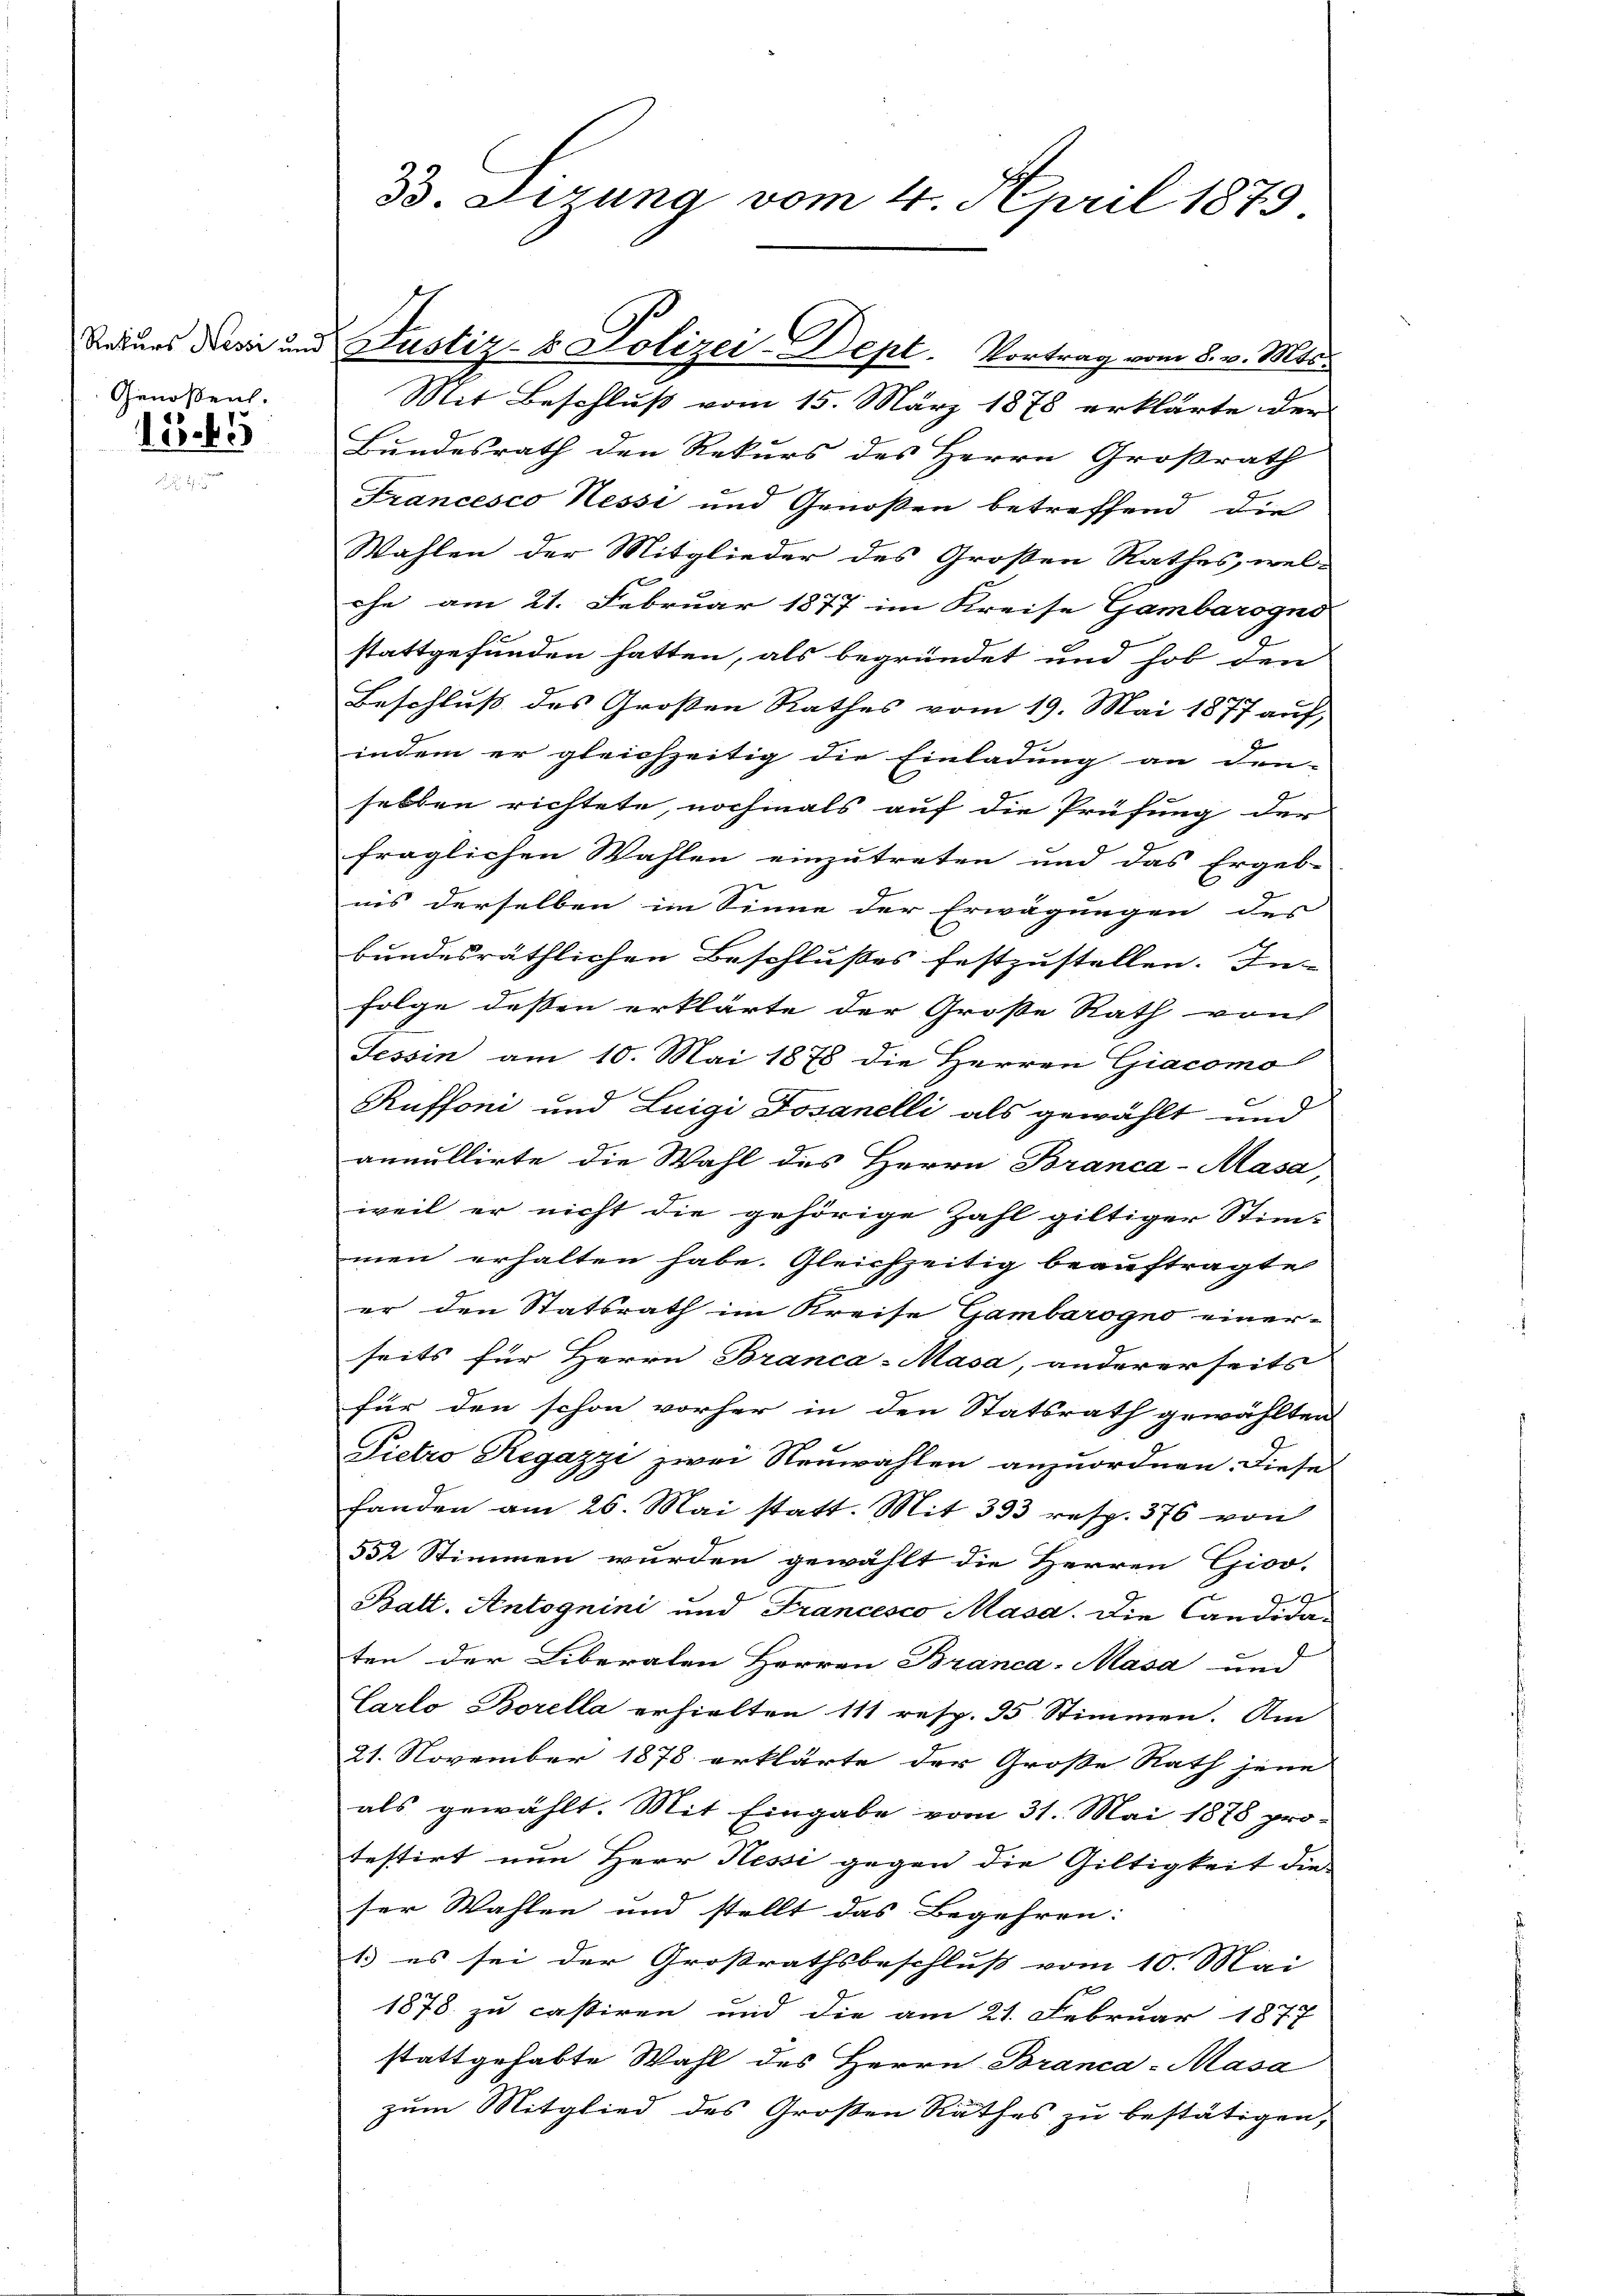
Genossen.
1545

33. Sirung vom 4. April 1879.

Mit Beschluß vom 15. März 1878 erklärte der
Bundesrath den Rekurs des Herrn Großrath
Francesco Nessi und Genoßen betreffend die
Wahlen der Mitglieder des Großen Rathes, wel-
chn am 21. Februar 1877 im Kreise Gambarogno
stattgefunden hatten, als begründet und hob den
Beschluß des Großen Rathes vom 19. Mai 1877 auf,
indem er gleichzeitig die Einladung an den- |
selben richtete, nochmals auf die Prüfung der
fraglichen Wahlen einzutreten und das Ergeb-
nis derselben im Sinne der Erwägungen des |
bundesräthlichen Beschlusses festzustellen. In-
Folge dessen erklärte der Große Rath von
Tessin am 10. Mai 1878 die Herren Giacomo
Ruffoni und Luigi Jovanelli als gewählt und
annullirte die Wahl des Herrn Branca-Masa,
weil er nicht die gehörige Zahl giltiger Stim-
men erhalten habe. Gleichzeitig beauftragte
er den Statsrath im Kreise Gambarogno einer-
seits für Herrn Branca-Masa, andererseits
für den schon vorher in den Statsrath gewählten
Pietro Regazzi zwei Neuwahlen anzuordnen. Diese
handen am 26. Mai statt. Mit 333 resp. 376 von
552 Stimmen wurden gewählt die Herren Giso-
1
Balt. Antognini und Francesco Masa. Die Candidaten der Liberalen Herren Branca-Masa und
Carlo Borella erhielten 111 resp. 35 Stimmen. Am
21. November 1878 erklärte der Große Rath jene
als gewählt. Mit Eingabe vom 31. Mai 1878 pro-
testirt nun Herr Hessi gegen die Giltigkeit die-
ser Wahlen und stellt das Begehren:
1. es sei der Großrathsbeschluß vom 10. Mai
2
1878. zu cassiren und die am 21. Februar 1877
stattgehabte Wahl des Herrn Branca-Masa
zum Mitglied des Großen Rathes zu bestätigen,

Naturs drei und Justiz- & Polizei-Dept. Vortrag vom 8. v. Mts.